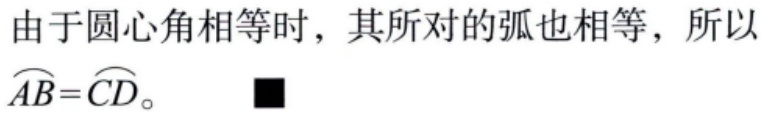
由于圆心角相等时，其所对的弧也相等，所以$\overset{\frown}{AB}=\overset{\frown}{CD}$。$\blacksquare$